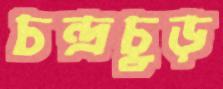
চন্দ্রচূড়